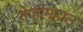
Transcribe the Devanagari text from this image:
तेजोमहाल